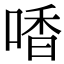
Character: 㗍